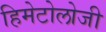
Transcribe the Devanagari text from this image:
हिमेटोलोजी